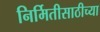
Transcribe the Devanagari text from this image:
निर्मितीसाठीच्या